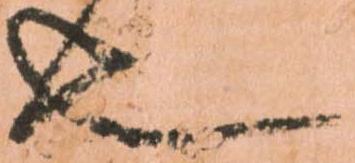
也